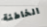
الخاطئة